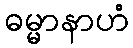
ဓမ္မာနာဟံ